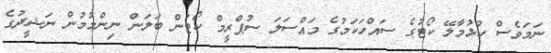
ނަމަވެސް ހުޅުމާލޭ ކޯޓުގެ ސައްހަކަމުގެ މައްސަލަ ސުޕްރީމް ކޯޓުން ބަލަން ނިންމުމުން ނަޝީދުގެ